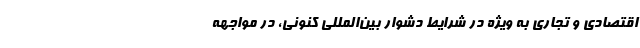
اقتصادی و تجاری به ویژه در شرایط دشوار بین‌المللی کنونی، در مواجهه